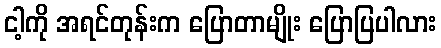
ငါ့ကို အရင်တုန်းက ပြောတာမျိုး ပြောပြပါလား